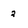
Character: 2